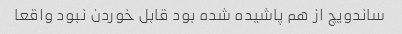
ساندویچ از هم پاشیده شده بود قابل خوردن نبود واقعا